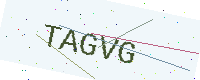
Text: TAGVG